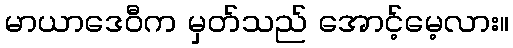
မာယာဒေဝီက မှတ်သည် အောင့်မေ့လား။